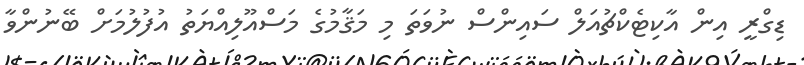
ޑިގްރީ އިން އާކިޓެކްޗުއަލް ސައިންސް ނުވަތަ މި މަޤާމުގެ މަސްއޫލިއްޔަތު އުފުލުމަށް ބޭނުންވާ